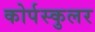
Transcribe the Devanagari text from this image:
कोर्पस्कुलर